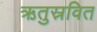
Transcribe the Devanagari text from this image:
ऋतुस्रवित